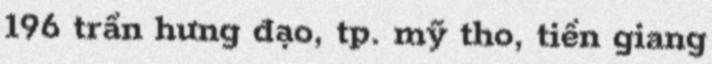
196 trần hưng đạo, tp. mỹ tho, tiền giang